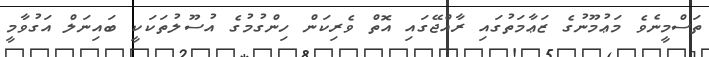
ތަސްމީނެވެ މަޢުމޫނުގެ ޒަޢާމަތުގައި ރާއްޖޭގައި އޮތް ވެރިކަން ހިންގުމުގެ އުސޫލުތަކަކީ ބައިނަލް އަގުވާމީ